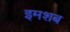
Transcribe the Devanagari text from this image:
इमशब